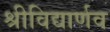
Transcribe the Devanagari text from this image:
श्रीविद्यार्णव